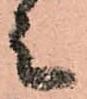
之